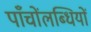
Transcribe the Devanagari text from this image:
पाँचोंलब्धियों